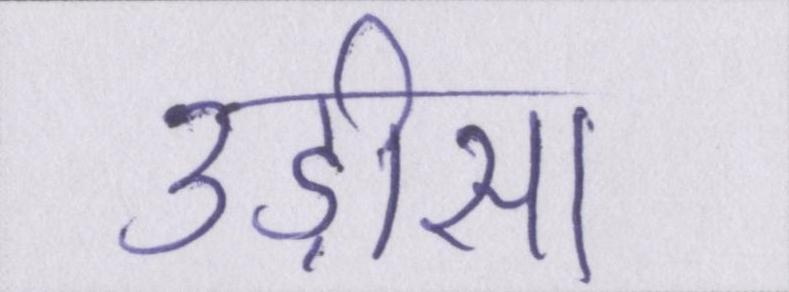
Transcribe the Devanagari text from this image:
उड़ीसा